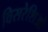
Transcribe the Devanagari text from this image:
विसरेशिओ